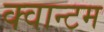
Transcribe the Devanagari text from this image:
क्‍वान्‍टम